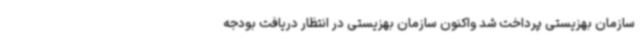
سازمان بهزیستی پرداخت شد واکنون سازمان بهزیستی در انتظار دریافت بودجه